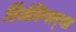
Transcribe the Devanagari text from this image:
रिंजंविणार्‍या